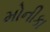
મોનીકા